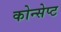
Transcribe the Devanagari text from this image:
कोन्सेप्ट